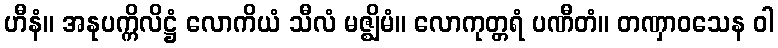
ဟီနံ။ အနုပက္ကိလိဋ္ဌံ လောကိယံ သီလံ မဇ္ဈိမံ။ လောကုတ္တရံ ပဏီတံ။ တဏှာဝသေန ဝါ